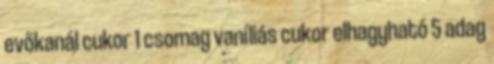
evőkanál cukor 1 csomag vaníliás cukor elhagyható 5 adag